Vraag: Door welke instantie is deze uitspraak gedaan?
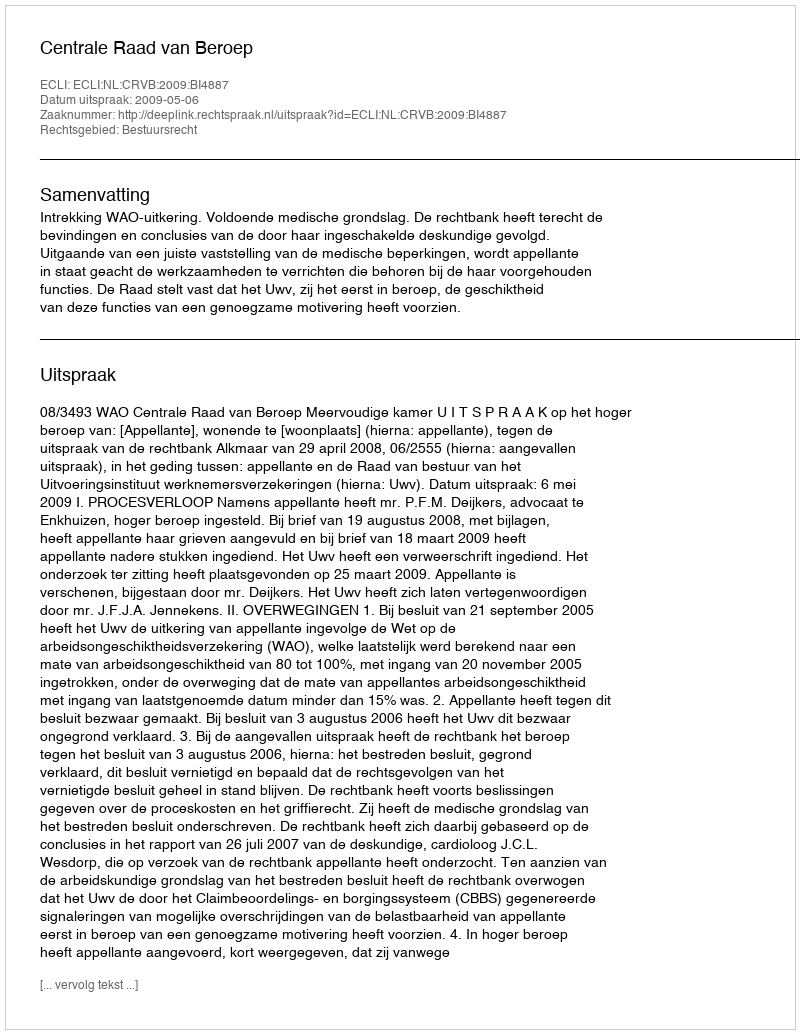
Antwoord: Centrale Raad van Beroep